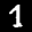
Label: 1